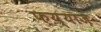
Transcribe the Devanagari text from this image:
फ़य्याज़